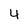
Character: 4